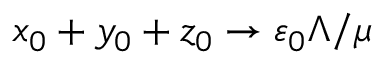
x _ { 0 } + y _ { 0 } + z _ { 0 } \to \varepsilon _ { 0 } \Lambda / \mu